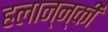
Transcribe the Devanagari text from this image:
हलान्न्की